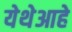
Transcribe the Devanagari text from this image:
येथेआहे